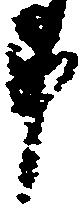
申